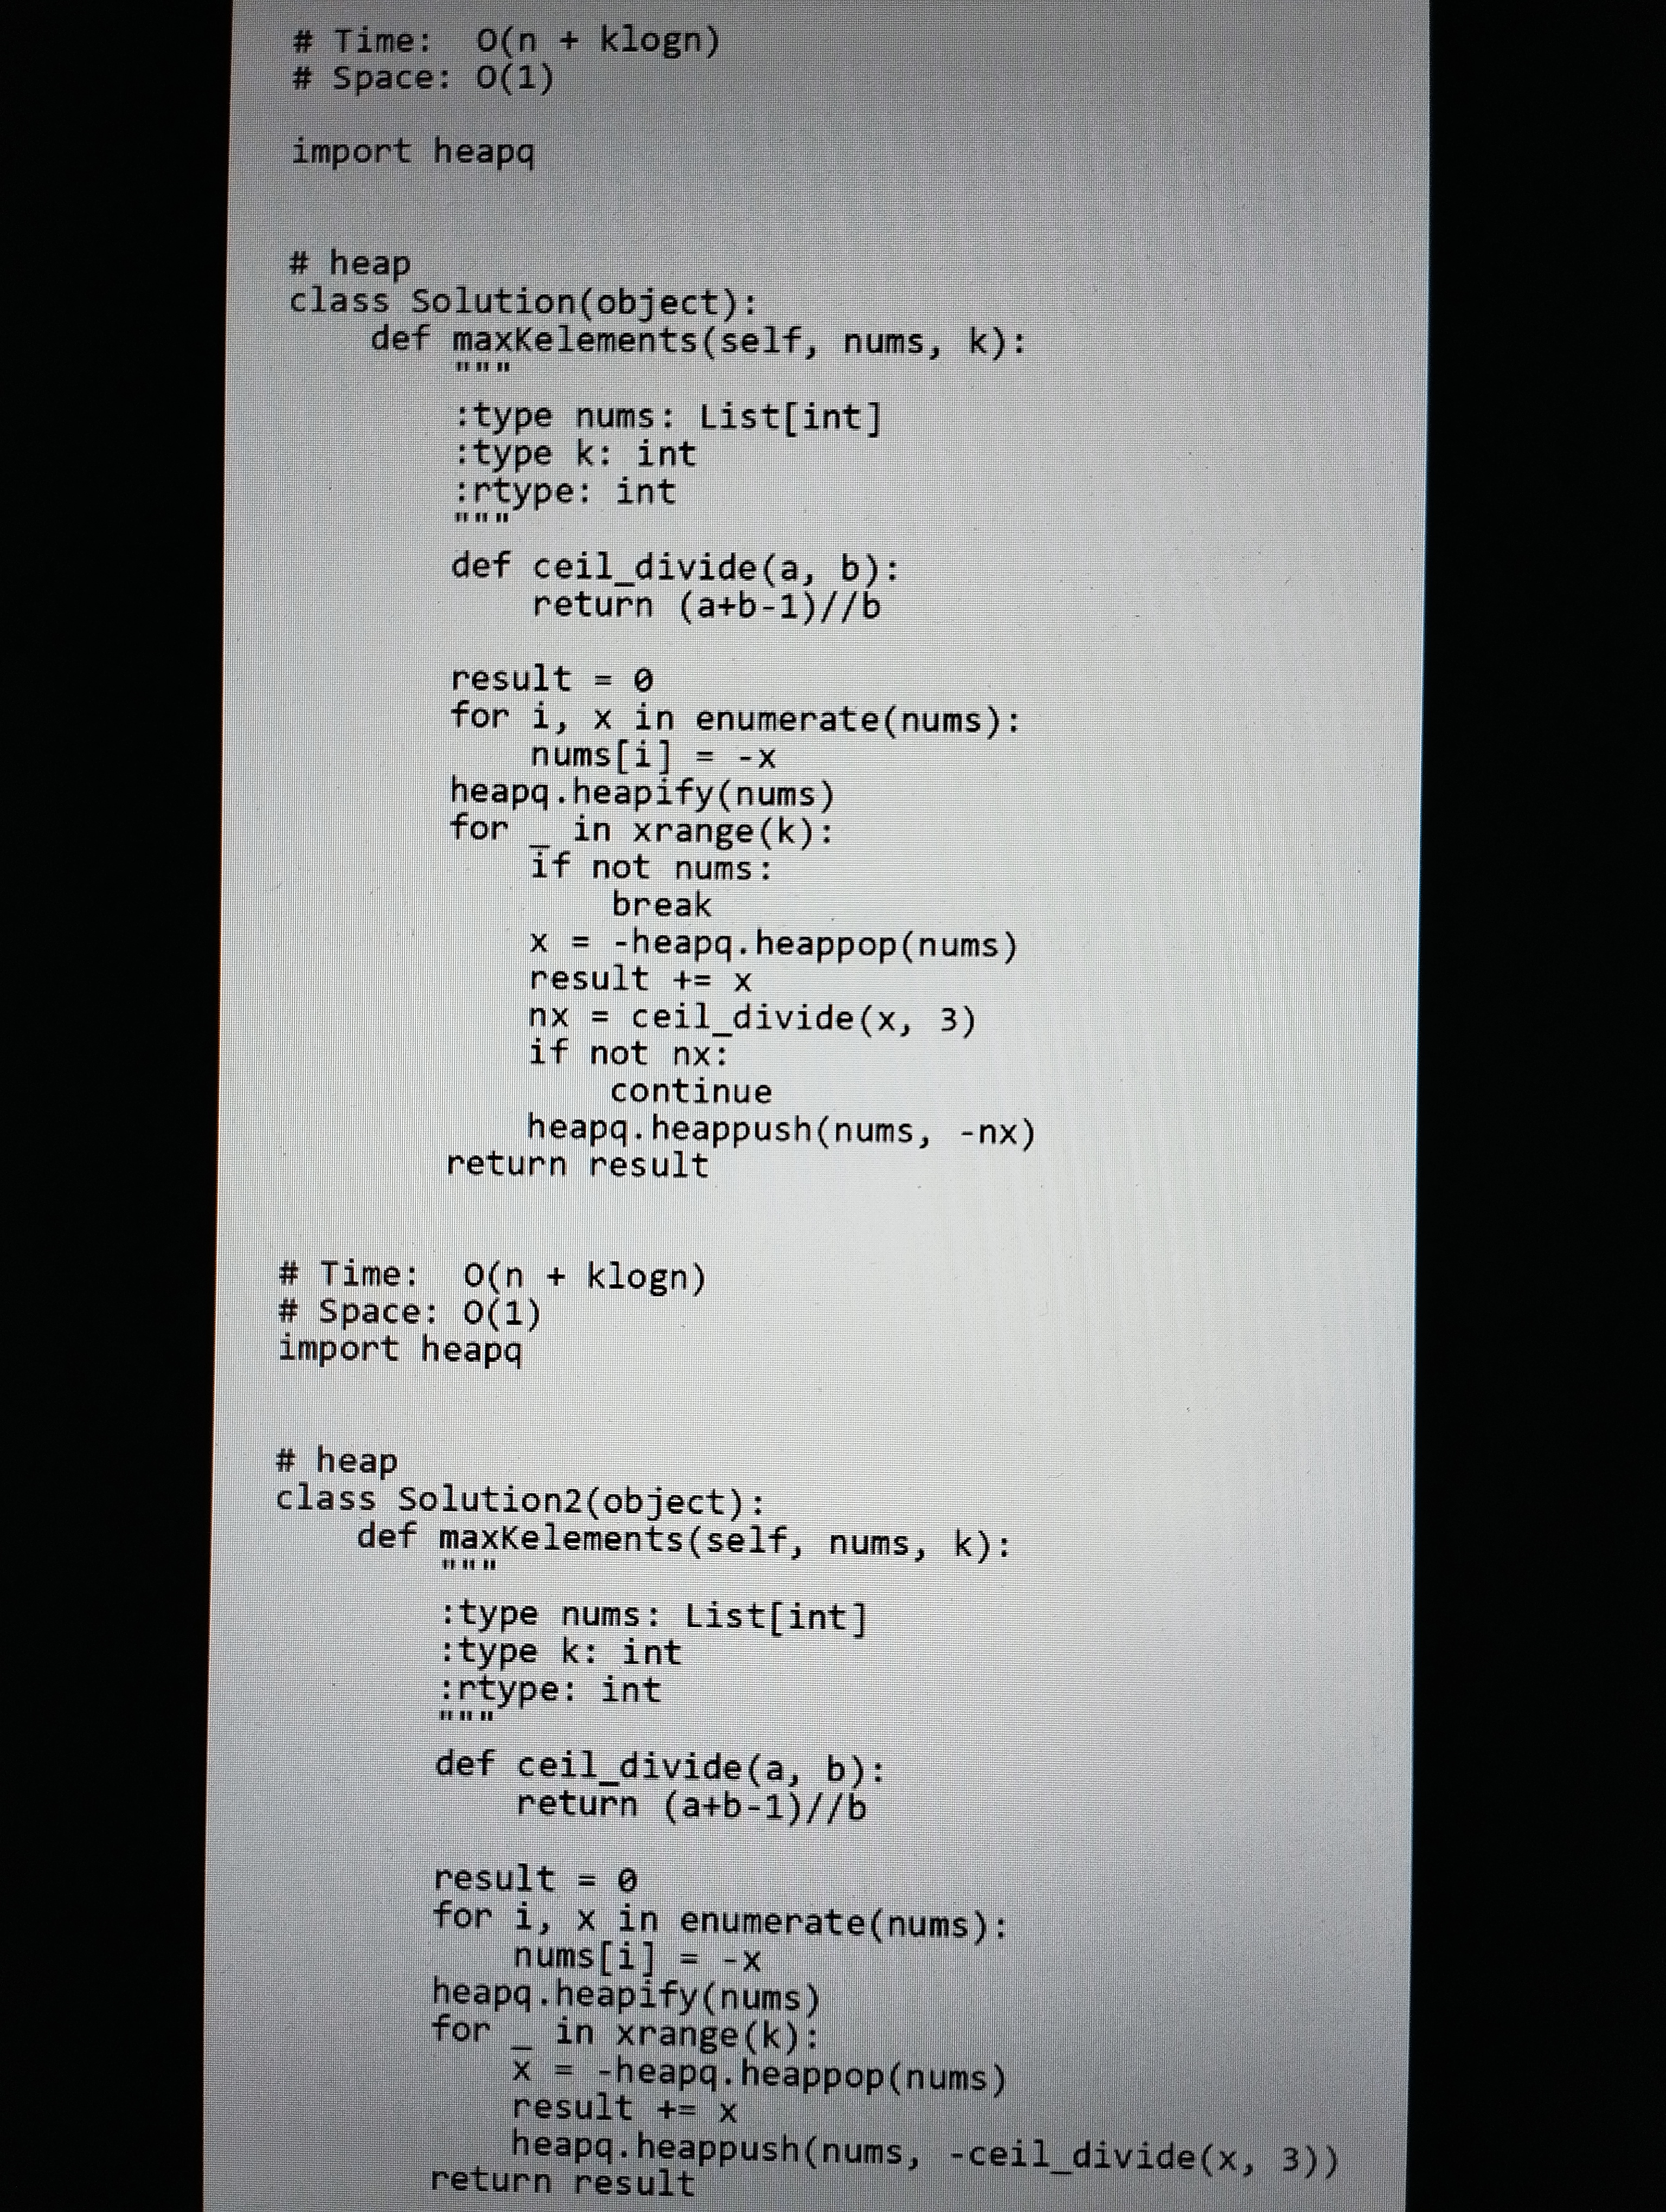
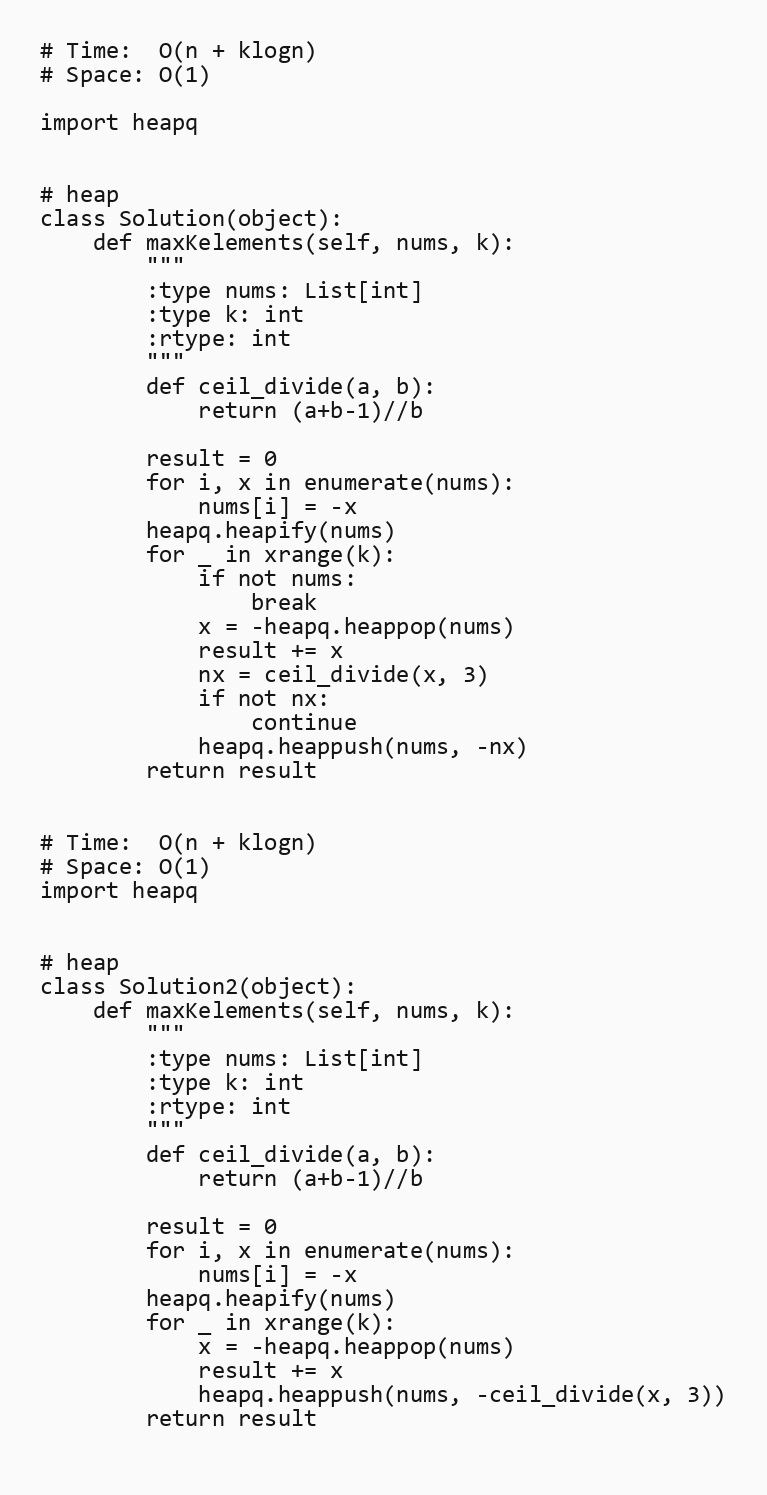
# Time:  O(n + klogn)
# Space: O(1)

import heapq

# heap
class Solution(object):
    def maxKelements(self, nums, k):
        """
        :type nums: List[int]
        :type k: int
        :rtype: int
        """
        def ceil_divide(a, b):
            return (a+b-1)//b

        result = 0
        for i, x in enumerate(nums):
            nums[i] = -x
        heapq.heapify(nums)
        for _ in xrange(k):
            if not nums:
                break
            x = -heapq.heappop(nums)
            result += x
            nx = ceil_divide(x, 3)
            if not nx:
                continue
            heapq.heappush(nums, -nx)
        return result

# Time:  O(n + klogn)
# Space: O(1)
import heapq

# heap
class Solution2(object):
    def maxKelements(self, nums, k):
        """
        :type nums: List[int]
        :type k: int
        :rtype: int
        """
        def ceil_divide(a, b):
            return (a+b-1)//b

        result = 0
        for i, x in enumerate(nums):
            nums[i] = -x
        heapq.heapify(nums)
        for _ in xrange(k):
            x = -heapq.heappop(nums)
            result += x
            heapq.heappush(nums, -ceil_divide(x, 3))
        return result